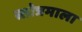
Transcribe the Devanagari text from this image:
स्तोत्रमाला